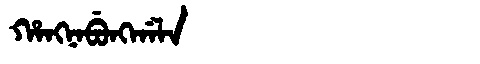
Manchu: ᡥᠠᠩᠨᠠᠪᡠᠩᡤᠠᠯᠠ
Romanization: HANGNABUNGGALA